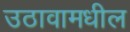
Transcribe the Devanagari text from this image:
उठावामधील